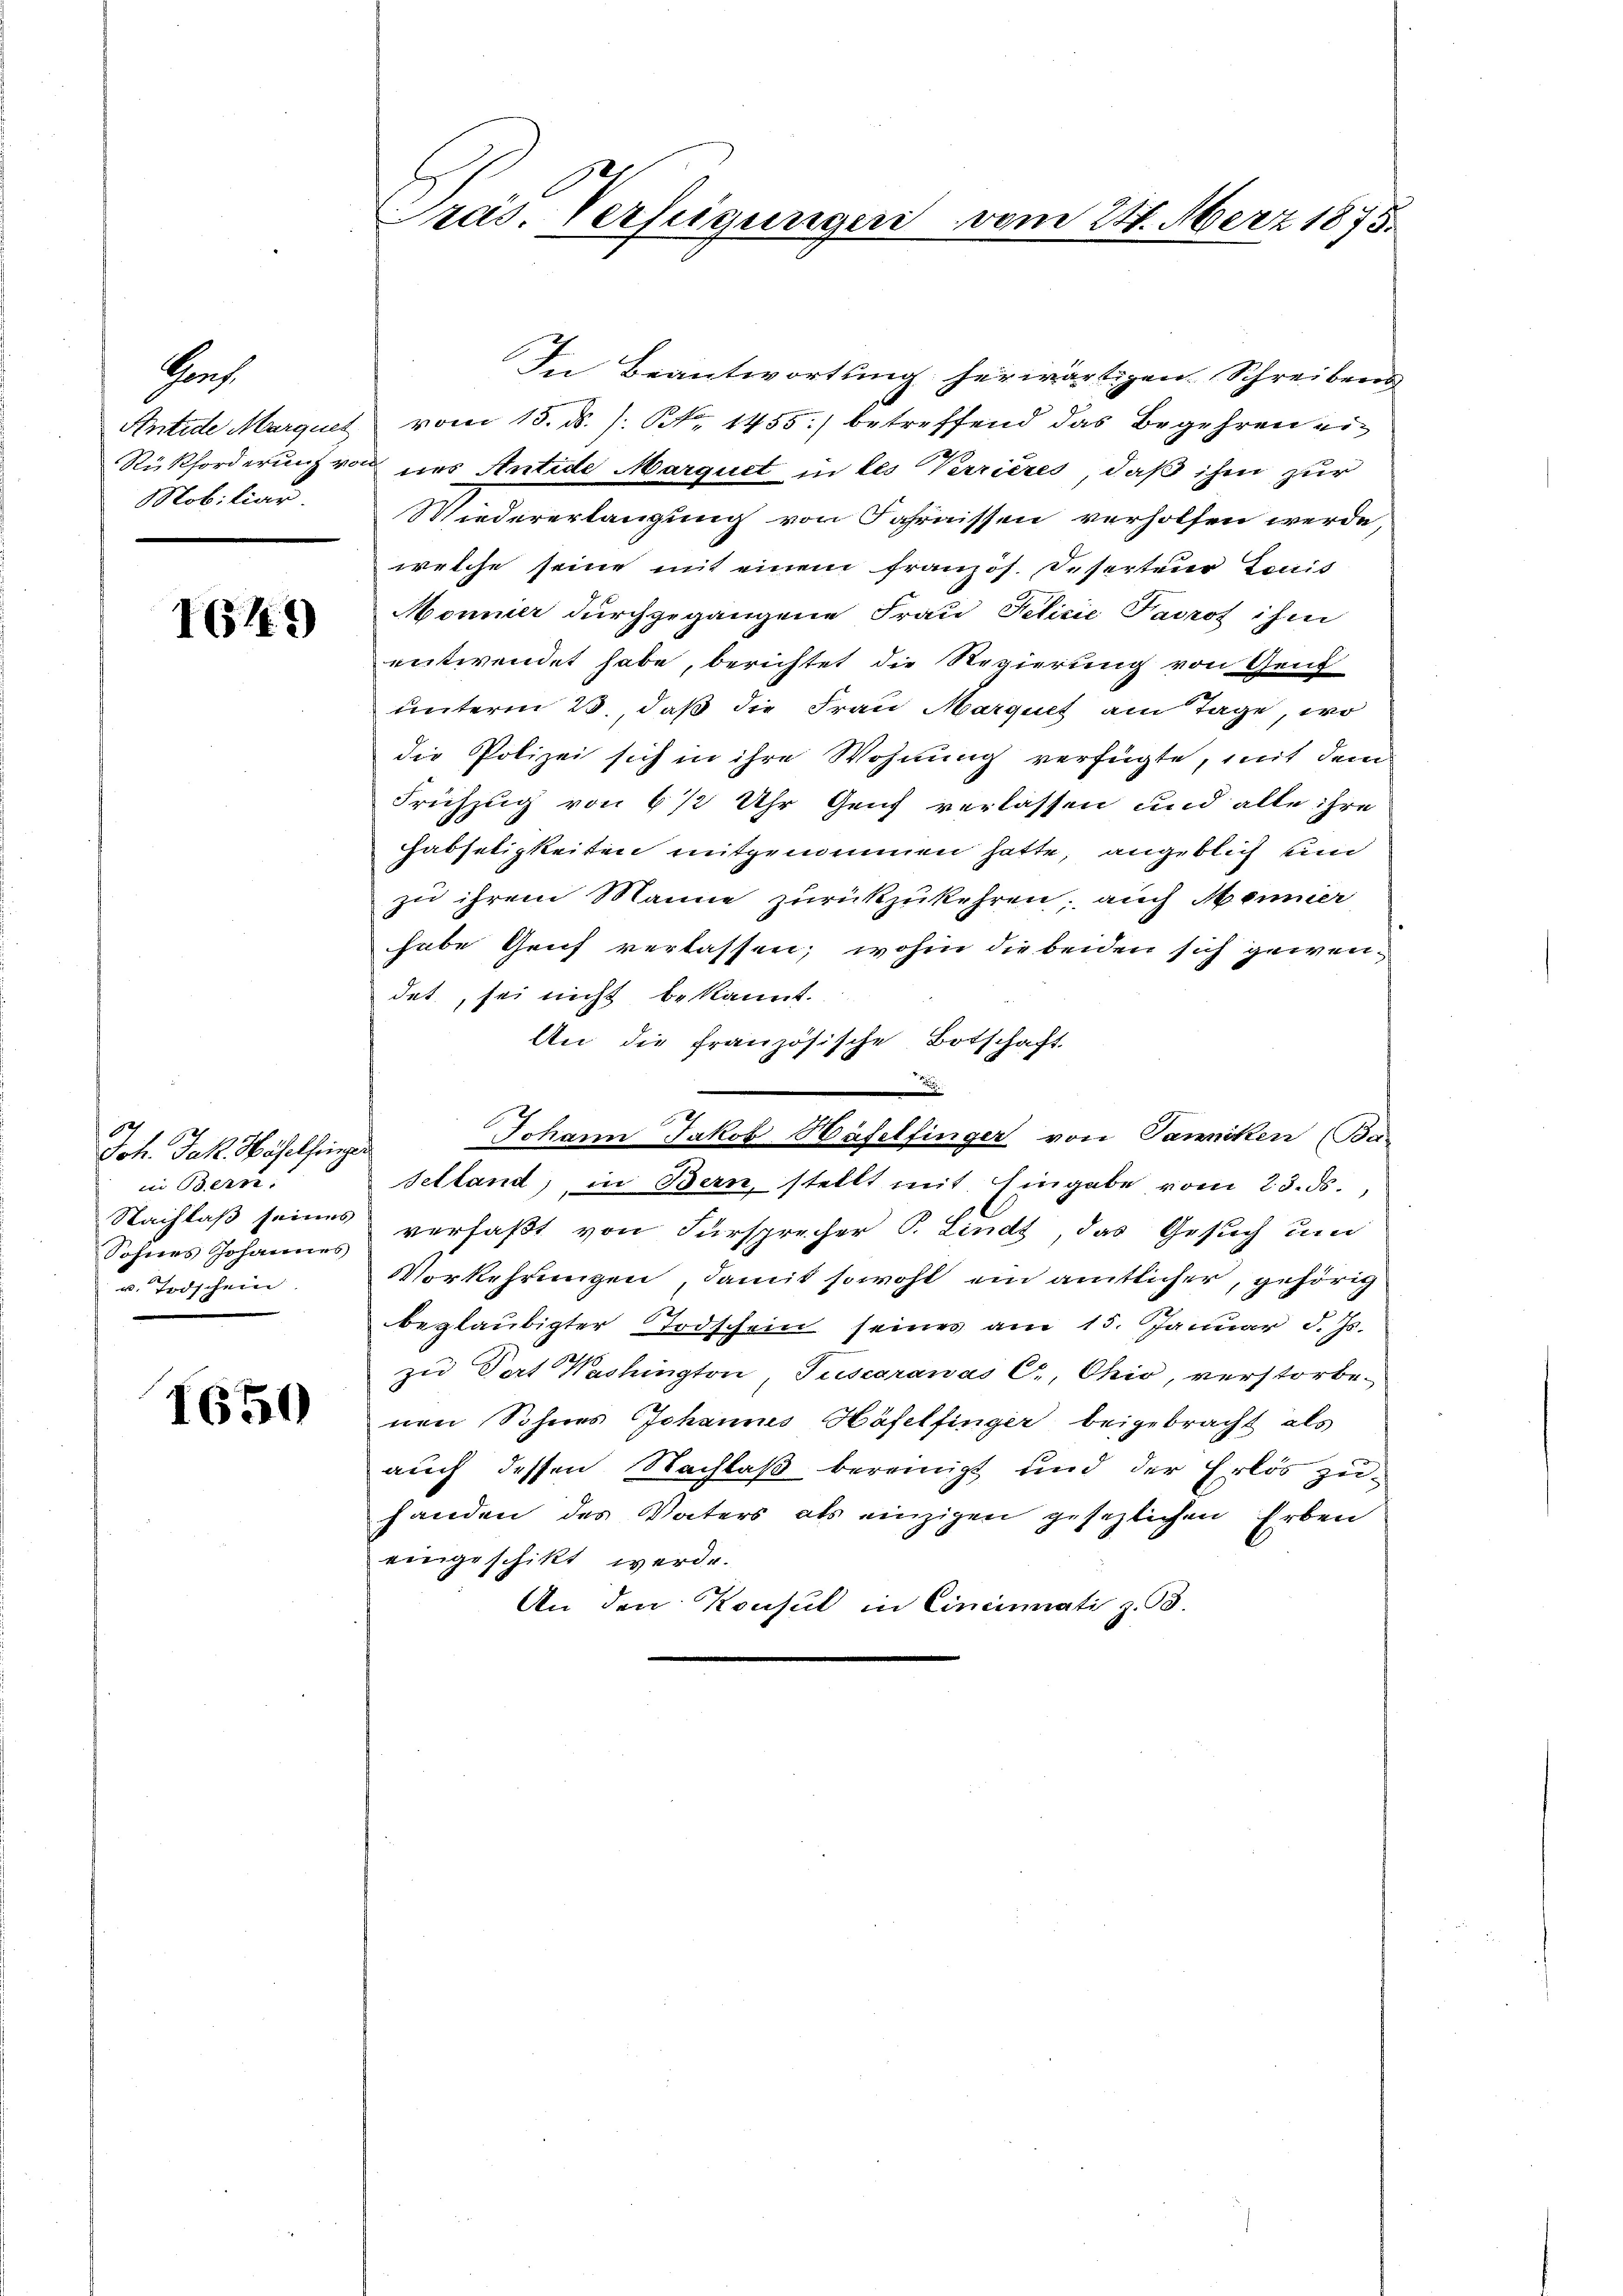
Hauf
Mobiliar.

IG17)

Joh. Jak. Haselsenge
in Bern.
Sohnes Johannes
u. Todschein.

1650

Pras. Verfügungen vom 24. Merz 1875.

In Beantwortung herwärtigen Schreibens
Antide Marquet vom 15. ds. /: No 1455) betreffend das Begehren ei¬
Rückforderung von des Antide Marquet in des Verrières, daß ihm zur
Wiedererlangung von Fahrnissen verholfen werde,
welche seine mit einem französ. Deserteur Louis
Monier durchgegangene Frau Felicie Patros ihm
entwendet habe, berichtet die Regierung von Genf
unterm 23., daß die Frau Marques am Tage, wo
die Polizei sich in ihre Wohnung verfügte, mit dem
Frühzug von 6 1/2 Uhr Genf verlassen und alle ihre
Habseligkeiten mitgenommen hatte, angeblich und
zu ihrem Manne zurückzukehren; auch Meiner
habe Genf verlassen; wohin die beiden sich gewendet, sei nicht bekannt.
An die französische Botschaft

Johann Jakob Häfelfinger von Tanniken (Bar
selland, in Bern, stellt mit Eingabe vom 23. ds.,
Nachlaß seines verfaßt von Fürsprecher P. Linds, das Gesuch um
Vorkehrungen, damit sowohl ein amtlicher, gehörig
beglaubigter Todschein seines am 15. Januar d. Js.
zu Port Washington, Tuscaranás C, Ohio, verstorbe-
nen Sohnes Johannes Häfelfinger beigebracht als
auch dessen Nachlaß bereinigt und der Erlös zu
handen des Vaters als einzigen gesezlichen Erben
eingeschikt werde.
An den Konsul in Cincinati z. B.